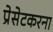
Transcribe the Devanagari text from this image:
प्रेसेटकरना